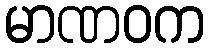
မာဏဝက